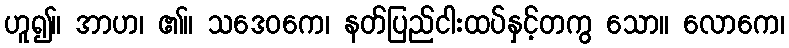
ဟူ၍။ အာဟ၊ ၏။ သဒေဝကေ၊ နတ်ပြည်ငါးထပ်နှင့်တကွ သော။ လောကေ၊